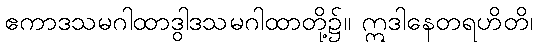
ဧကာဒသမဂါထာဒွါဒသမဂါထာတို့၌။ ဣဒါနေတရဟိတိ၊